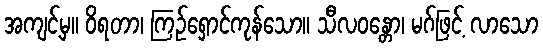
အကျင့်မှ။ ဝိရတာ၊ ကြဉ်ရှောင်ကုန်သော။ သီလဝန္တော၊ မဂ်ဖြင့် လာသော